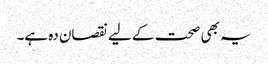
یہ بھی صحت کے لیے نقصان دہ ہے۔